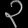
Digit: ၃